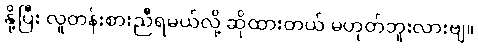
နို့ပြီး လူတန်းစားညီရမယ်လို့ ဆိုထားတယ် မဟုတ်ဘူးလားဗျ။